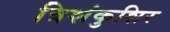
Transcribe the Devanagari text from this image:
त्रिशंकुशिर